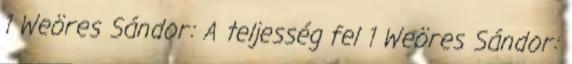
1 Weöres Sándor: A teljesség fel 1 Weöres Sándor: